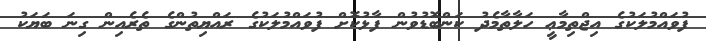
ފުވައްމުލަކުގެ އިޖްތިމާޢީ ހަލާތާމެދު ކަންބޮޑުވުން ފާޅުކޮށް ފުވައްމުލަކުގެ ރައްޔިތުންގެ ތެރެއިން ގިނަ ބަޔަކު